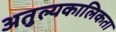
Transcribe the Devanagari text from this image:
अतुल्यकालिकता